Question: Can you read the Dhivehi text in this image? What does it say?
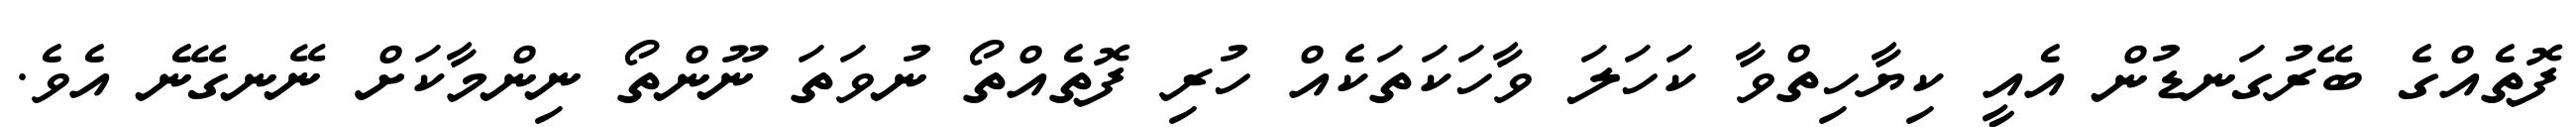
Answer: ފޮތެއްގެ ބޭރުގަނޑުން އެއީ ކިޔާހިތްވާ ކަހަލަ ވާހަކަތަކެއް ހުރި ފޮތެއްތޯ ނުވަތަ ނޫންތޯ ނިންމާކަށް ނޭނގޭނެ އެވެ.